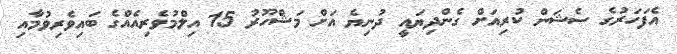
އެފަހަރުގެ ސެޝަން ކުރިއަށް ގެންދިޔައީ ދުނިޔެ އަށް މަޝްހޫރު 15 އިލްމުވެރިއެއްގެ ބައިވެރިވުމާއި